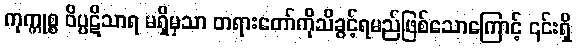
ကုက္ကုစ္စ ဝိပ္ပဋိသာရ မရှိမှသာ တရားတော်ကိုသိခွင့်ရမည်ဖြစ်သောကြောင့် ၎င်းရှိ